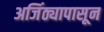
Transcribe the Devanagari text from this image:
अजिंठ्यापासून